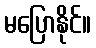
မပြောနိုင်။